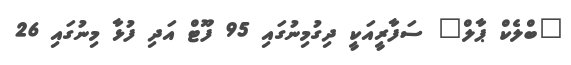
"ބްލެކް ޕާލް" ސަފާރީއަކީ ދިގުމިނުގައި 95 ފޫޓް އަދި ފުޅާ މިނުގައި 26